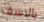
بالاسف